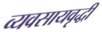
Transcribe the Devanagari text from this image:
व्यवसायवृद्धी